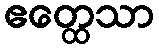
ဧတ္ထေသာ